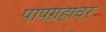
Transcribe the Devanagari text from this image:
पापग्रहावर